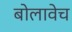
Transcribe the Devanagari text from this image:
बोलावेच